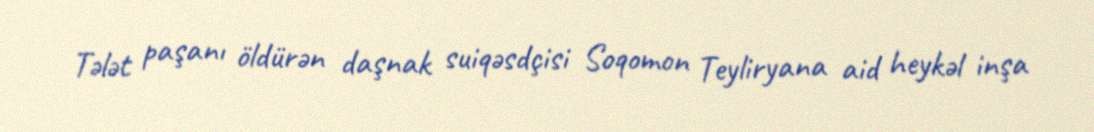
Tələt paşanı öldürən daşnak suiqəsdçisi Soqomon Teyliryana aid heykəl inşa